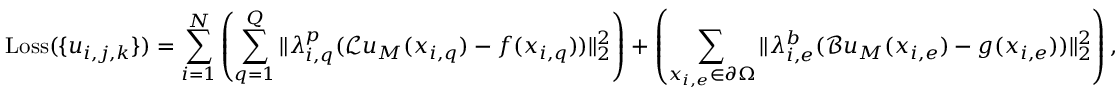
\mathrm { L o s s } ( \{ u _ { i , j , k } \} ) = \sum _ { i = 1 } ^ { N } \left( \sum _ { q = 1 } ^ { Q } \| \lambda _ { i , q } ^ { p } ( \mathcal { L } \boldsymbol { u } _ { M } ( \boldsymbol { x } _ { i , q } ) - \boldsymbol { f } ( \boldsymbol { x } _ { i , q } ) ) \| _ { 2 } ^ { 2 } \right) + \left( \sum _ { \boldsymbol { x } _ { i , e } \in \partial \Omega } \| \lambda _ { i , e } ^ { b } ( \mathcal { B } \boldsymbol { u } _ { M } ( \boldsymbol { x } _ { i , e } ) - \boldsymbol { g } ( \boldsymbol { x } _ { i , e } ) ) \| _ { 2 } ^ { 2 } \right) ,